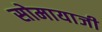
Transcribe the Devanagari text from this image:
सोमायाजी